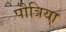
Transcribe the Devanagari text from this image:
पौत्रिया